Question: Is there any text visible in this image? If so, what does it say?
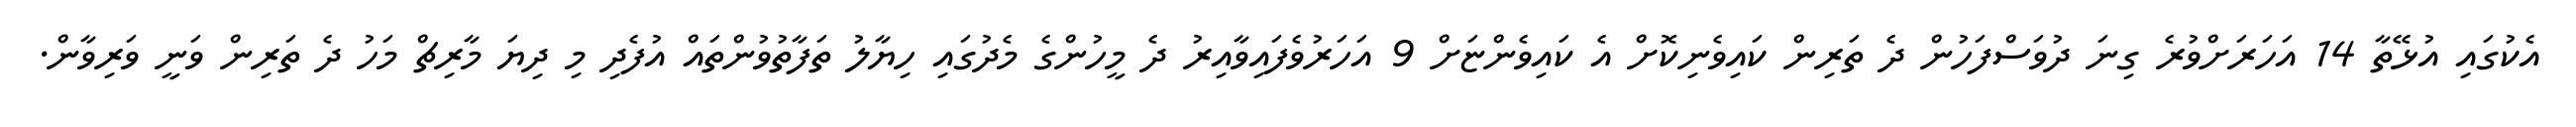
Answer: އެކުގައި އުޅޭތާ 14 އަހަރަށްވުރެ ގިނަ ދުވަސްފަހުން ދެ ތަރިން ކައިވެނިކޮށް އެ ކައިވެންޏަށް 9 އަހަރުވެފައިވާއިރު ދެ މީހުންގެ މެދުގައި ހިޔާލު ތަފާތުވުންތައް އުފެދި މި ދިޔަ މާރިޗް މަހު ދެ ތަރިން ވަނީ ވަރިވާން.